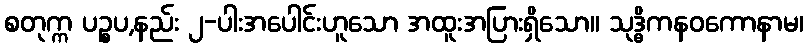
စတုက္က ပဉ္စပ,နည်း ၂-ပါးအပေါင်းဟူသော အထူးအပြားရှိသော။ သုဒ္ဓိကနဝကောနာမ၊